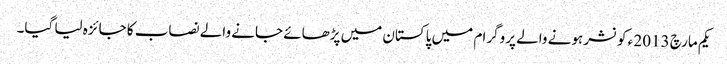
یکم مارچ 2013 ء کو نشر ہونے والے پروگرا م میں پاکستان میں پڑھائے جانے والے نصاب کا جائزہ لیا گیا۔